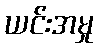
ယင်းအမှု